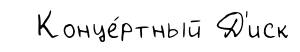
Конце́ртный Д'иск